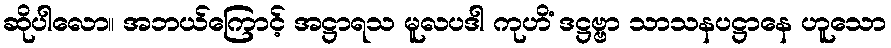
ဆိုပါလော။ အဘယ်ကြောင့် အဋ္ဌာရသ မူလပဒါ ကုဟိံ ဒဋ္ဌဗ္ဗာ သာသနပဋ္ဌာနေ ဟူသော